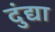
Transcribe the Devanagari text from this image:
दुंद्या